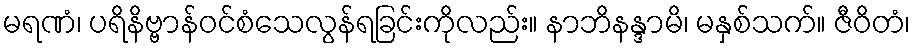
မရဏံ၊ ပရိနိဗ္ဗာန်ဝင်စံသေလွန်ရခြင်းကိုလည်း။ နာဘိနန္ဒာမိ၊ မနှစ်သက်။ ဇီဝိတံ၊